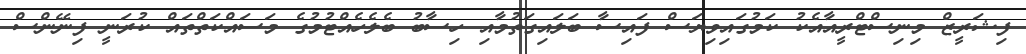
ފިޝަރީޒް މިނިސްޓްރީއާއެކު ކަމުގައިވިޔަސް ފައިސާ ބަލައިގަތުމާއި ހިސާބު ބެލެހެއްޓުމުގެ މަސައްކަތްތައް ކުރަނީ ފިނޭންސް